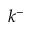
k ^ { - }